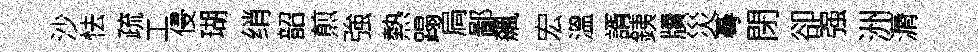
沙怯疏工侵瑚绡韶煎強熱蹋扃鄙飆宏溫諝銕牘災蕚閉卻强洲漘